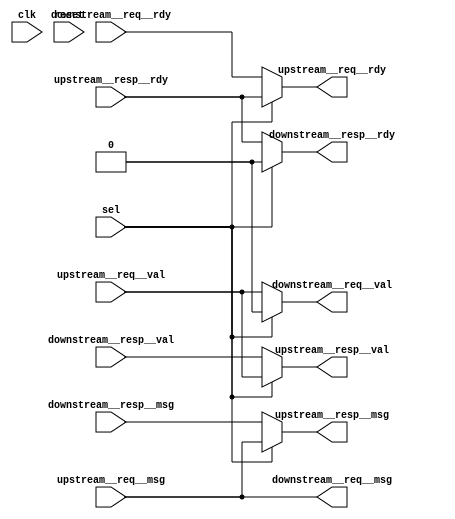
//-------------------------------------------------------------------------
// grp_16_SPI_TapeOutBlockRTL_32bits_5entries.v
//-------------------------------------------------------------------------
// This file is generated by PyMTL SystemVerilog translation pass.

// PyMTL VerilogPlaceholder SPI_TapeOutBlockVRTL_sv2v Definition
// Full name: SPI_TapeOutBlockVRTL_sv2v_noparam
// At /home/cb535/vc/git-hub/cornell-ece5745/project-group16/sim/tapeout/SPI_TapeOutBlockRTL.py

//***********************************************************
// Pickled source file of placeholder SPI_TapeOutBlockVRTL_sv2v_noparam
//***********************************************************

//-----------------------------------------------------------
// Dependency of placeholder SPI_TapeOutBlockVRTL_sv2v
//-----------------------------------------------------------


// The source code below are included because they are specified
// as the v_libs Verilog placeholder option of component SPI_TapeOutBlockVRTL_sv2v_noparam.

// If you get a duplicated def error from files included below, please
// make sure they are included either through the v_libs option or the
// explicit `include statement in the Verilog source code -- if they
// appear in both then they will be included twice!


// End of all v_libs files for component SPI_TapeOutBlockVRTL_sv2v_noparam

`line 1 "tapeout/SPI_TapeOutBlockVRTL_sv2v.v" 0
module grp_16_LoopThroughPRTL__nbits_32 (
	clk,
	reset,
	sel,
	downstream__req__msg,
	downstream__req__rdy,
	downstream__req__val,
	downstream__resp__msg,
	downstream__resp__rdy,
	downstream__resp__val,
	upstream__req__msg,
	upstream__req__rdy,
	upstream__req__val,
	upstream__resp__msg,
	upstream__resp__rdy,
	upstream__resp__val
);
	input wire [0:0] clk;
	input wire [0:0] reset;
	input wire [0:0] sel;
	output wire [31:0] downstream__req__msg;
	input wire [0:0] downstream__req__rdy;
	output reg [0:0] downstream__req__val;
	input wire [31:0] downstream__resp__msg;
	output reg [0:0] downstream__resp__rdy;
	input wire [0:0] downstream__resp__val;
	input wire [31:0] upstream__req__msg;
	output reg [0:0] upstream__req__rdy;
	input wire [0:0] upstream__req__val;
	output reg [31:0] upstream__resp__msg;
	input wire [0:0] upstream__resp__rdy;
	output reg [0:0] upstream__resp__val;
	always @(*) begin : _lambda__s_spi_min_stack_loopthrough_downstream_req_val
		downstream__req__val = (sel ? 1'd0 : upstream__req__val);
	end
	always @(*) begin : _lambda__s_spi_min_stack_loopthrough_downstream_resp_rdy
		downstream__resp__rdy = (sel ? 1'd0 : upstream__resp__rdy);
	end
	always @(*) begin : _lambda__s_spi_min_stack_loopthrough_upstream_req_rdy
		upstream__req__rdy = (sel ? upstream__resp__rdy : downstream__req__rdy);
	end
	always @(*) begin : _lambda__s_spi_min_stack_loopthrough_upstream_resp_msg
		upstream__resp__msg = (sel ? upstream__req__msg : downstream__resp__msg);
	end
	always @(*) begin : _lambda__s_spi_min_stack_loopthrough_upstream_resp_val
		upstream__resp__val = (sel ? upstream__req__val : downstream__resp__val);
	end
	assign downstream__req__msg = upstream__req__msg;
endmodule
module grp_16_NormalQueueCtrlRTL__num_entries_5 (
	clk,
	count,
	raddr,
	recv_rdy,
	recv_val,
	reset,
	send_rdy,
	send_val,
	waddr,
	wen
);
	input wire [0:0] clk;
	output reg [2:0] count;
	output wire [2:0] raddr;
	output reg [0:0] recv_rdy;
	input wire [0:0] recv_val;
	input wire [0:0] reset;
	input wire [0:0] send_rdy;
	output reg [0:0] send_val;
	output wire [2:0] waddr;
	output wire [0:0] wen;
	localparam [2:0] __const__num_entries_at__lambda__s_spi_min_stack_minion_adapter_cm_q_ctrl_recv_rdy = 3'd5;
	localparam [2:0] __const__num_entries_at_up_reg = 3'd5;
	reg [2:0] head;
	reg [0:0] recv_xfer;
	reg [0:0] send_xfer;
	reg [2:0] tail;
	always @(*) begin : _lambda__s_spi_min_stack_minion_adapter_cm_q_ctrl_recv_rdy
		recv_rdy = count < __const__num_entries_at__lambda__s_spi_min_stack_minion_adapter_cm_q_ctrl_recv_rdy;
	end
	always @(*) begin : _lambda__s_spi_min_stack_minion_adapter_cm_q_ctrl_recv_xfer
		recv_xfer = recv_val & recv_rdy;
	end
	always @(*) begin : _lambda__s_spi_min_stack_minion_adapter_cm_q_ctrl_send_val
		send_val = count > 3'd0;
	end
	always @(*) begin : _lambda__s_spi_min_stack_minion_adapter_cm_q_ctrl_send_xfer
		send_xfer = send_val & send_rdy;
	end
	always @(posedge clk) begin : up_reg
		if (reset) begin
			head <= 3'd0;
			tail <= 3'd0;
			count <= 3'd0;
		end
		else begin
			if (recv_xfer)
				tail <= (tail < (__const__num_entries_at_up_reg - 3'd1) ? tail + 3'd1 : 3'd0);
			if (send_xfer)
				head <= (head < (__const__num_entries_at_up_reg - 3'd1) ? head + 3'd1 : 3'd0);
			if (recv_xfer & ~send_xfer)
				count <= count + 3'd1;
			else if (~recv_xfer & send_xfer)
				count <= count - 3'd1;
		end
	end
	assign wen = recv_xfer;
	assign waddr = tail;
	assign raddr = head;
endmodule
module grp_16_RegisterFile__35272b4450df532b (
	clk,
	raddr,
	rdata,
	reset,
	waddr,
	wdata,
	wen
);
	input wire [0:0] clk;
	input wire [2:0] raddr;
	output reg [31:0] rdata;
	input wire [0:0] reset;
	input wire [2:0] waddr;
	input wire [31:0] wdata;
	input wire [0:0] wen;
	localparam [0:0] __const__rd_ports_at_up_rf_read = 1'd1;
	localparam [0:0] __const__wr_ports_at_up_rf_write = 1'd1;
	reg [31:0] regs [0:4];
	function automatic [0:0] sv2v_cast_1;
		input reg [0:0] inp;
		sv2v_cast_1 = inp;
	endfunction
	always @(*) begin : up_rf_read
		begin : sv2v_autoblock_1
			reg [31:0] i;
			for (i = 1'd0; i < __const__rd_ports_at_up_rf_read; i = i + 1'd1)
				rdata[sv2v_cast_1(i) * 32+:32] = regs[raddr[sv2v_cast_1(i) * 3+:3]];
		end
	end
	always @(posedge clk) begin : up_rf_write
		begin : sv2v_autoblock_2
			reg [31:0] i;
			for (i = 1'd0; i < __const__wr_ports_at_up_rf_write; i = i + 1'd1)
				if (wen[sv2v_cast_1(i)+:1])
					regs[waddr[sv2v_cast_1(i) * 3+:3]] <= wdata[sv2v_cast_1(i) * 32+:32];
		end
	end
endmodule
module grp_16_NormalQueueDpathRTL__EntryType_Bits32__num_entries_5 (
	clk,
	raddr,
	recv_msg,
	reset,
	send_msg,
	waddr,
	wen
);
	input wire [0:0] clk;
	input wire [2:0] raddr;
	input wire [31:0] recv_msg;
	input wire [0:0] reset;
	output wire [31:0] send_msg;
	input wire [2:0] waddr;
	input wire [0:0] wen;
	wire [0:0] rf__clk;
	wire [2:0] rf__raddr;
	wire [31:0] rf__rdata;
	wire [0:0] rf__reset;
	wire [2:0] rf__waddr;
	wire [31:0] rf__wdata;
	wire [0:0] rf__wen;
	grp_16_RegisterFile__35272b4450df532b rf(
		.clk(rf__clk),
		.raddr(rf__raddr),
		.rdata(rf__rdata),
		.reset(rf__reset),
		.waddr(rf__waddr),
		.wdata(rf__wdata),
		.wen(rf__wen)
	);
	assign rf__clk = clk;
	assign rf__reset = reset;
	assign rf__raddr[0+:3] = raddr;
	assign send_msg = rf__rdata[0+:32];
	assign rf__wen[0+:1] = wen;
	assign rf__waddr[0+:3] = waddr;
	assign rf__wdata[0+:32] = recv_msg;
endmodule
module grp_16_NormalQueueRTL__EntryType_Bits32__num_entries_5 (
	clk,
	count,
	reset,
	recv__msg,
	recv__rdy,
	recv__val,
	send__msg,
	send__rdy,
	send__val
);
	input wire [0:0] clk;
	output wire [2:0] count;
	input wire [0:0] reset;
	input wire [31:0] recv__msg;
	output wire [0:0] recv__rdy;
	input wire [0:0] recv__val;
	output wire [31:0] send__msg;
	input wire [0:0] send__rdy;
	output wire [0:0] send__val;
	wire [0:0] ctrl__clk;
	wire [2:0] ctrl__count;
	wire [2:0] ctrl__raddr;
	wire [0:0] ctrl__recv_rdy;
	wire [0:0] ctrl__recv_val;
	wire [0:0] ctrl__reset;
	wire [0:0] ctrl__send_rdy;
	wire [0:0] ctrl__send_val;
	wire [2:0] ctrl__waddr;
	wire [0:0] ctrl__wen;
	grp_16_NormalQueueCtrlRTL__num_entries_5 ctrl(
		.clk(ctrl__clk),
		.count(ctrl__count),
		.raddr(ctrl__raddr),
		.recv_rdy(ctrl__recv_rdy),
		.recv_val(ctrl__recv_val),
		.reset(ctrl__reset),
		.send_rdy(ctrl__send_rdy),
		.send_val(ctrl__send_val),
		.waddr(ctrl__waddr),
		.wen(ctrl__wen)
	);
	wire [0:0] dpath__clk;
	wire [2:0] dpath__raddr;
	wire [31:0] dpath__recv_msg;
	wire [0:0] dpath__reset;
	wire [31:0] dpath__send_msg;
	wire [2:0] dpath__waddr;
	wire [0:0] dpath__wen;
	grp_16_NormalQueueDpathRTL__EntryType_Bits32__num_entries_5 dpath(
		.clk(dpath__clk),
		.raddr(dpath__raddr),
		.recv_msg(dpath__recv_msg),
		.reset(dpath__reset),
		.send_msg(dpath__send_msg),
		.waddr(dpath__waddr),
		.wen(dpath__wen)
	);
	assign ctrl__clk = clk;
	assign ctrl__reset = reset;
	assign dpath__clk = clk;
	assign dpath__reset = reset;
	assign dpath__wen = ctrl__wen;
	assign dpath__waddr = ctrl__waddr;
	assign dpath__raddr = ctrl__raddr;
	assign ctrl__recv_val = recv__val;
	assign recv__rdy = ctrl__recv_rdy;
	assign dpath__recv_msg = recv__msg;
	assign send__val = ctrl__send_val;
	assign ctrl__send_rdy = send__rdy;
	assign send__msg = dpath__send_msg;
	assign count = ctrl__count;
endmodule
module grp_16_SPIMinionAdapterPRTL__nbits_34__num_entries_5 (
	clk,
	parity,
	reset,
	pull__en,
	pull__msg,
	push__en,
	push__msg,
	recv__msg,
	recv__rdy,
	recv__val,
	send__msg,
	send__rdy,
	send__val
);
	input wire [0:0] clk;
	output reg [0:0] parity;
	input wire [0:0] reset;
	input wire [0:0] pull__en;
	output reg [33:0] pull__msg;
	input wire [0:0] push__en;
	input wire [33:0] push__msg;
	input wire [31:0] recv__msg;
	output wire [0:0] recv__rdy;
	input wire [0:0] recv__val;
	output wire [31:0] send__msg;
	input wire [0:0] send__rdy;
	output wire [0:0] send__val;
	localparam [2:0] __const__num_entries_at_comb_block = 3'd5;
	reg [0:0] cm_send_rdy;
	reg [0:0] mc_recv_val;
	reg [0:0] open_entries;
	wire [0:0] cm_q__clk;
	wire [2:0] cm_q__count;
	wire [0:0] cm_q__reset;
	wire [31:0] cm_q__recv__msg;
	wire [0:0] cm_q__recv__rdy;
	wire [0:0] cm_q__recv__val;
	wire [31:0] cm_q__send__msg;
	wire [0:0] cm_q__send__rdy;
	wire [0:0] cm_q__send__val;
	grp_16_NormalQueueRTL__EntryType_Bits32__num_entries_5 cm_q(
		.clk(cm_q__clk),
		.count(cm_q__count),
		.reset(cm_q__reset),
		.recv__msg(cm_q__recv__msg),
		.recv__rdy(cm_q__recv__rdy),
		.recv__val(cm_q__recv__val),
		.send__msg(cm_q__send__msg),
		.send__rdy(cm_q__send__rdy),
		.send__val(cm_q__send__val)
	);
	wire [0:0] mc_q__clk;
	wire [2:0] mc_q__count;
	wire [0:0] mc_q__reset;
	wire [31:0] mc_q__recv__msg;
	wire [0:0] mc_q__recv__rdy;
	wire [0:0] mc_q__recv__val;
	wire [31:0] mc_q__send__msg;
	wire [0:0] mc_q__send__rdy;
	wire [0:0] mc_q__send__val;
	grp_16_NormalQueueRTL__EntryType_Bits32__num_entries_5 mc_q(
		.clk(mc_q__clk),
		.count(mc_q__count),
		.reset(mc_q__reset),
		.recv__msg(mc_q__recv__msg),
		.recv__rdy(mc_q__recv__rdy),
		.recv__val(mc_q__recv__val),
		.send__msg(mc_q__send__msg),
		.send__rdy(mc_q__send__rdy),
		.send__val(mc_q__send__val)
	);
	always @(*) begin : _lambda__s_spi_min_stack_minion_adapter_parity
		parity = ^send__msg & send__val;
	end
	always @(*) begin : comb_block
		open_entries = mc_q__count < (__const__num_entries_at_comb_block - 3'd1);
		mc_recv_val = push__msg[33] & push__en;
		pull__msg[32] = mc_q__recv__rdy & (~mc_q__recv__val | open_entries);
		cm_send_rdy = push__msg[32] & pull__en;
		pull__msg[33] = cm_send_rdy & cm_q__send__val;
		pull__msg[31-:32] = cm_q__send__msg & {{31 {pull__msg[33]}}, pull__msg[33]};
	end
	assign mc_q__clk = clk;
	assign mc_q__reset = reset;
	assign send__val = mc_q__send__val;
	assign send__msg = mc_q__send__msg;
	assign mc_q__send__rdy = send__rdy;
	assign mc_q__recv__val = mc_recv_val;
	assign mc_q__recv__msg = push__msg[31-:32];
	assign cm_q__clk = clk;
	assign cm_q__reset = reset;
	assign cm_q__recv__val = recv__val;
	assign recv__rdy = cm_q__recv__rdy;
	assign cm_q__recv__msg = recv__msg;
	assign cm_q__send__rdy = cm_send_rdy;
endmodule
module grp_16_Synchronizer__reset_value_1 (
	clk,
	in_,
	negedge_,
	out,
	posedge_,
	reset
);
	input wire [0:0] clk;
	input wire [0:0] in_;
	output reg [0:0] negedge_;
	output wire [0:0] out;
	output reg [0:0] posedge_;
	input wire [0:0] reset;
	reg [2:0] shreg;
	always @(*) begin : _lambda__s_spi_min_stack_minion_minion_cs_sync_negedge_
		negedge_ = shreg[2'd2] & ~shreg[2'd1];
	end
	always @(*) begin : _lambda__s_spi_min_stack_minion_minion_cs_sync_posedge_
		posedge_ = ~shreg[2'd2] & shreg[2'd1];
	end
	always @(posedge clk) begin : up_shreg
		if (reset)
			shreg <= 3'h7;
		else
			shreg <= {shreg[2'd1:2'd0], in_};
	end
	assign out = shreg[1:1];
endmodule
module grp_16_Synchronizer__reset_value_0 (
	clk,
	in_,
	negedge_,
	out,
	posedge_,
	reset
);
	input wire [0:0] clk;
	input wire [0:0] in_;
	output reg [0:0] negedge_;
	output wire [0:0] out;
	output reg [0:0] posedge_;
	input wire [0:0] reset;
	reg [2:0] shreg;
	always @(*) begin : _lambda__s_spi_min_stack_minion_minion_mosi_sync_negedge_
		negedge_ = shreg[2'd2] & ~shreg[2'd1];
	end
	always @(*) begin : _lambda__s_spi_min_stack_minion_minion_mosi_sync_posedge_
		posedge_ = ~shreg[2'd2] & shreg[2'd1];
	end
	always @(posedge clk) begin : up_shreg
		if (reset)
			shreg <= 3'h0;
		else
			shreg <= {shreg[2'd1:2'd0], in_};
	end
	assign out = shreg[1:1];
endmodule
module grp_16_ShiftReg__nbits_34 (
	clk,
	in_,
	load_data,
	load_en,
	out,
	reset,
	shift_en
);
	input wire [0:0] clk;
	input wire [0:0] in_;
	input wire [33:0] load_data;
	input wire [0:0] load_en;
	output reg [33:0] out;
	input wire [0:0] reset;
	input wire [0:0] shift_en;
	always @(posedge clk) begin : up_shreg
		if (reset)
			out <= {{33 {1'b0}}, 1'd0};
		else if (load_en)
			out <= load_data;
		else if (~load_en & shift_en)
			out <= {out[6'd32:6'd0], in_};
	end
endmodule
module grp_16_SPIMinionPRTL__nbits_34 (
	clk,
	parity,
	reset,
	pull__en,
	pull__msg,
	push__en,
	push__msg,
	spi_min__cs,
	spi_min__miso,
	spi_min__mosi,
	spi_min__sclk
);
	input wire [0:0] clk;
	output reg [0:0] parity;
	input wire [0:0] reset;
	output wire [0:0] pull__en;
	input wire [33:0] pull__msg;
	output wire [0:0] push__en;
	output wire [33:0] push__msg;
	input wire [0:0] spi_min__cs;
	output wire [0:0] spi_min__miso;
	input wire [0:0] spi_min__mosi;
	input wire [0:0] spi_min__sclk;
	wire [0:0] cs_sync__clk;
	wire [0:0] cs_sync__in_;
	wire [0:0] cs_sync__negedge_;
	wire [0:0] cs_sync__out;
	wire [0:0] cs_sync__posedge_;
	wire [0:0] cs_sync__reset;
	grp_16_Synchronizer__reset_value_1 cs_sync(
		.clk(cs_sync__clk),
		.in_(cs_sync__in_),
		.negedge_(cs_sync__negedge_),
		.out(cs_sync__out),
		.posedge_(cs_sync__posedge_),
		.reset(cs_sync__reset)
	);
	wire [0:0] mosi_sync__clk;
	wire [0:0] mosi_sync__in_;
	wire [0:0] mosi_sync__negedge_;
	wire [0:0] mosi_sync__out;
	wire [0:0] mosi_sync__posedge_;
	wire [0:0] mosi_sync__reset;
	grp_16_Synchronizer__reset_value_0 mosi_sync(
		.clk(mosi_sync__clk),
		.in_(mosi_sync__in_),
		.negedge_(mosi_sync__negedge_),
		.out(mosi_sync__out),
		.posedge_(mosi_sync__posedge_),
		.reset(mosi_sync__reset)
	);
	wire [0:0] sclk_sync__clk;
	wire [0:0] sclk_sync__in_;
	wire [0:0] sclk_sync__negedge_;
	wire [0:0] sclk_sync__out;
	wire [0:0] sclk_sync__posedge_;
	wire [0:0] sclk_sync__reset;
	grp_16_Synchronizer__reset_value_0 sclk_sync(
		.clk(sclk_sync__clk),
		.in_(sclk_sync__in_),
		.negedge_(sclk_sync__negedge_),
		.out(sclk_sync__out),
		.posedge_(sclk_sync__posedge_),
		.reset(sclk_sync__reset)
	);
	wire [0:0] shreg_in__clk;
	wire [0:0] shreg_in__in_;
	wire [33:0] shreg_in__load_data;
	wire [0:0] shreg_in__load_en;
	wire [33:0] shreg_in__out;
	wire [0:0] shreg_in__reset;
	reg [0:0] shreg_in__shift_en;
	grp_16_ShiftReg__nbits_34 shreg_in(
		.clk(shreg_in__clk),
		.in_(shreg_in__in_),
		.load_data(shreg_in__load_data),
		.load_en(shreg_in__load_en),
		.out(shreg_in__out),
		.reset(shreg_in__reset),
		.shift_en(shreg_in__shift_en)
	);
	wire [0:0] shreg_out__clk;
	wire [0:0] shreg_out__in_;
	wire [33:0] shreg_out__load_data;
	wire [0:0] shreg_out__load_en;
	wire [33:0] shreg_out__out;
	wire [0:0] shreg_out__reset;
	reg [0:0] shreg_out__shift_en;
	grp_16_ShiftReg__nbits_34 shreg_out(
		.clk(shreg_out__clk),
		.in_(shreg_out__in_),
		.load_data(shreg_out__load_data),
		.load_en(shreg_out__load_en),
		.out(shreg_out__out),
		.reset(shreg_out__reset),
		.shift_en(shreg_out__shift_en)
	);
	always @(*) begin : _lambda__s_spi_min_stack_minion_minion_parity
		parity = ^push__msg[6'd31:6'd0] & push__en;
	end
	always @(*) begin : _lambda__s_spi_min_stack_minion_minion_shreg_in_shift_en
		shreg_in__shift_en = ~cs_sync__out & sclk_sync__posedge_;
	end
	always @(*) begin : _lambda__s_spi_min_stack_minion_minion_shreg_out_shift_en
		shreg_out__shift_en = ~cs_sync__out & sclk_sync__negedge_;
	end
	assign cs_sync__clk = clk;
	assign cs_sync__reset = reset;
	assign cs_sync__in_ = spi_min__cs;
	assign sclk_sync__clk = clk;
	assign sclk_sync__reset = reset;
	assign sclk_sync__in_ = spi_min__sclk;
	assign mosi_sync__clk = clk;
	assign mosi_sync__reset = reset;
	assign mosi_sync__in_ = spi_min__mosi;
	assign shreg_in__clk = clk;
	assign shreg_in__reset = reset;
	assign shreg_in__in_ = mosi_sync__out;
	assign shreg_in__load_en = 1'd0;
	assign shreg_in__load_data = 34'd0;
	assign shreg_out__clk = clk;
	assign shreg_out__reset = reset;
	assign shreg_out__in_ = 1'd0;
	assign shreg_out__load_en = pull__en;
	assign shreg_out__load_data = pull__msg;
	assign spi_min__miso = shreg_out__out[33:33];
	assign pull__en = cs_sync__negedge_;
	assign push__en = cs_sync__posedge_;
	assign push__msg = shreg_in__out;
endmodule
module grp_16_SPIMinionAdapterCompositePRTL__nbits_34__num_entries_5 (
	adapter_parity,
	clk,
	minion_parity,
	reset,
	recv__msg,
	recv__rdy,
	recv__val,
	send__msg,
	send__rdy,
	send__val,
	spi_min__cs,
	spi_min__miso,
	spi_min__mosi,
	spi_min__sclk
);
	output wire [0:0] adapter_parity;
	input wire [0:0] clk;
	output wire [0:0] minion_parity;
	input wire [0:0] reset;
	input wire [31:0] recv__msg;
	output wire [0:0] recv__rdy;
	input wire [0:0] recv__val;
	output wire [31:0] send__msg;
	input wire [0:0] send__rdy;
	output wire [0:0] send__val;
	input wire [0:0] spi_min__cs;
	output wire [0:0] spi_min__miso;
	input wire [0:0] spi_min__mosi;
	input wire [0:0] spi_min__sclk;
	wire [0:0] adapter__clk;
	wire [0:0] adapter__parity;
	wire [0:0] adapter__reset;
	wire [0:0] adapter__pull__en;
	wire [33:0] adapter__pull__msg;
	wire [0:0] adapter__push__en;
	wire [33:0] adapter__push__msg;
	wire [31:0] adapter__recv__msg;
	wire [0:0] adapter__recv__rdy;
	wire [0:0] adapter__recv__val;
	wire [31:0] adapter__send__msg;
	wire [0:0] adapter__send__rdy;
	wire [0:0] adapter__send__val;
	grp_16_SPIMinionAdapterPRTL__nbits_34__num_entries_5 adapter(
		.clk(adapter__clk),
		.parity(adapter__parity),
		.reset(adapter__reset),
		.pull__en(adapter__pull__en),
		.pull__msg(adapter__pull__msg),
		.push__en(adapter__push__en),
		.push__msg(adapter__push__msg),
		.recv__msg(adapter__recv__msg),
		.recv__rdy(adapter__recv__rdy),
		.recv__val(adapter__recv__val),
		.send__msg(adapter__send__msg),
		.send__rdy(adapter__send__rdy),
		.send__val(adapter__send__val)
	);
	wire [0:0] minion__clk;
	wire [0:0] minion__parity;
	wire [0:0] minion__reset;
	wire [0:0] minion__pull__en;
	wire [33:0] minion__pull__msg;
	wire [0:0] minion__push__en;
	wire [33:0] minion__push__msg;
	wire [0:0] minion__spi_min__cs;
	wire [0:0] minion__spi_min__miso;
	wire [0:0] minion__spi_min__mosi;
	wire [0:0] minion__spi_min__sclk;
	grp_16_SPIMinionPRTL__nbits_34 minion(
		.clk(minion__clk),
		.parity(minion__parity),
		.reset(minion__reset),
		.pull__en(minion__pull__en),
		.pull__msg(minion__pull__msg),
		.push__en(minion__push__en),
		.push__msg(minion__push__msg),
		.spi_min__cs(minion__spi_min__cs),
		.spi_min__miso(minion__spi_min__miso),
		.spi_min__mosi(minion__spi_min__mosi),
		.spi_min__sclk(minion__spi_min__sclk)
	);
	assign minion__clk = clk;
	assign minion__reset = reset;
	assign minion__spi_min__cs = spi_min__cs;
	assign spi_min__miso = minion__spi_min__miso;
	assign minion__spi_min__mosi = spi_min__mosi;
	assign minion__spi_min__sclk = spi_min__sclk;
	assign minion_parity = minion__parity;
	assign adapter__clk = clk;
	assign adapter__reset = reset;
	assign adapter__pull__en = minion__pull__en;
	assign minion__pull__msg[33:33] = adapter__pull__msg[33];
	assign minion__pull__msg[32:32] = adapter__pull__msg[32];
	assign minion__pull__msg[31:0] = adapter__pull__msg[31-:32];
	assign adapter__push__en = minion__push__en;
	assign adapter__push__msg[33] = minion__push__msg[33:33];
	assign adapter__push__msg[32] = minion__push__msg[32:32];
	assign adapter__push__msg[31-:32] = minion__push__msg[31:0];
	assign adapter_parity = adapter__parity;
	assign send__msg = adapter__send__msg;
	assign adapter__send__rdy = send__rdy;
	assign send__val = adapter__send__val;
	assign adapter__recv__msg = recv__msg;
	assign recv__rdy = adapter__recv__rdy;
	assign adapter__recv__val = recv__val;
endmodule
module grp_16_SPIstackPRTL__nbits_34__num_entries_5 (
	adapter_parity,
	clk,
	loopthrough_sel,
	minion_parity,
	reset,
	recv__msg,
	recv__rdy,
	recv__val,
	send__msg,
	send__rdy,
	send__val,
	spi_min__cs,
	spi_min__miso,
	spi_min__mosi,
	spi_min__sclk
);
	output wire [0:0] adapter_parity;
	input wire [0:0] clk;
	input wire [0:0] loopthrough_sel;
	output wire [0:0] minion_parity;
	input wire [0:0] reset;
	input wire [31:0] recv__msg;
	output wire [0:0] recv__rdy;
	input wire [0:0] recv__val;
	output wire [31:0] send__msg;
	input wire [0:0] send__rdy;
	output wire [0:0] send__val;
	input wire [0:0] spi_min__cs;
	output wire [0:0] spi_min__miso;
	input wire [0:0] spi_min__mosi;
	input wire [0:0] spi_min__sclk;
	wire [0:0] loopthrough__clk;
	wire [0:0] loopthrough__reset;
	wire [0:0] loopthrough__sel;
	wire [31:0] loopthrough__downstream__req__msg;
	wire [0:0] loopthrough__downstream__req__rdy;
	wire [0:0] loopthrough__downstream__req__val;
	wire [31:0] loopthrough__downstream__resp__msg;
	wire [0:0] loopthrough__downstream__resp__rdy;
	wire [0:0] loopthrough__downstream__resp__val;
	wire [31:0] loopthrough__upstream__req__msg;
	wire [0:0] loopthrough__upstream__req__rdy;
	wire [0:0] loopthrough__upstream__req__val;
	wire [31:0] loopthrough__upstream__resp__msg;
	wire [0:0] loopthrough__upstream__resp__rdy;
	wire [0:0] loopthrough__upstream__resp__val;
	grp_16_LoopThroughPRTL__nbits_32 loopthrough(
		.clk(loopthrough__clk),
		.reset(loopthrough__reset),
		.sel(loopthrough__sel),
		.downstream__req__msg(loopthrough__downstream__req__msg),
		.downstream__req__rdy(loopthrough__downstream__req__rdy),
		.downstream__req__val(loopthrough__downstream__req__val),
		.downstream__resp__msg(loopthrough__downstream__resp__msg),
		.downstream__resp__rdy(loopthrough__downstream__resp__rdy),
		.downstream__resp__val(loopthrough__downstream__resp__val),
		.upstream__req__msg(loopthrough__upstream__req__msg),
		.upstream__req__rdy(loopthrough__upstream__req__rdy),
		.upstream__req__val(loopthrough__upstream__req__val),
		.upstream__resp__msg(loopthrough__upstream__resp__msg),
		.upstream__resp__rdy(loopthrough__upstream__resp__rdy),
		.upstream__resp__val(loopthrough__upstream__resp__val)
	);
	wire [0:0] minion__adapter_parity;
	wire [0:0] minion__clk;
	wire [0:0] minion__minion_parity;
	wire [0:0] minion__reset;
	wire [31:0] minion__recv__msg;
	wire [0:0] minion__recv__rdy;
	wire [0:0] minion__recv__val;
	wire [31:0] minion__send__msg;
	wire [0:0] minion__send__rdy;
	wire [0:0] minion__send__val;
	wire [0:0] minion__spi_min__cs;
	wire [0:0] minion__spi_min__miso;
	wire [0:0] minion__spi_min__mosi;
	wire [0:0] minion__spi_min__sclk;
	grp_16_SPIMinionAdapterCompositePRTL__nbits_34__num_entries_5 minion(
		.adapter_parity(minion__adapter_parity),
		.clk(minion__clk),
		.minion_parity(minion__minion_parity),
		.reset(minion__reset),
		.recv__msg(minion__recv__msg),
		.recv__rdy(minion__recv__rdy),
		.recv__val(minion__recv__val),
		.send__msg(minion__send__msg),
		.send__rdy(minion__send__rdy),
		.send__val(minion__send__val),
		.spi_min__cs(minion__spi_min__cs),
		.spi_min__miso(minion__spi_min__miso),
		.spi_min__mosi(minion__spi_min__mosi),
		.spi_min__sclk(minion__spi_min__sclk)
	);
	assign minion__clk = clk;
	assign minion__reset = reset;
	assign minion__spi_min__cs = spi_min__cs;
	assign spi_min__miso = minion__spi_min__miso;
	assign minion__spi_min__mosi = spi_min__mosi;
	assign minion__spi_min__sclk = spi_min__sclk;
	assign minion_parity = minion__minion_parity;
	assign adapter_parity = minion__adapter_parity;
	assign loopthrough__clk = clk;
	assign loopthrough__reset = reset;
	assign loopthrough__sel = loopthrough_sel;
	assign loopthrough__upstream__req__msg = minion__send__msg;
	assign minion__send__rdy = loopthrough__upstream__req__rdy;
	assign loopthrough__upstream__req__val = minion__send__val;
	assign minion__recv__msg = loopthrough__upstream__resp__msg;
	assign loopthrough__upstream__resp__rdy = minion__recv__rdy;
	assign minion__recv__val = loopthrough__upstream__resp__val;
	assign send__msg = loopthrough__downstream__req__msg;
	assign loopthrough__downstream__req__rdy = send__rdy;
	assign send__val = loopthrough__downstream__req__val;
	assign loopthrough__downstream__resp__msg = recv__msg;
	assign recv__rdy = loopthrough__downstream__resp__rdy;
	assign loopthrough__downstream__resp__val = recv__val;
endmodule
module grp_16_NormalQueueCtrlRTL__num_entries_2 (
	clk,
	count,
	raddr,
	recv_rdy,
	recv_val,
	reset,
	send_rdy,
	send_val,
	waddr,
	wen
);
	input wire [0:0] clk;
	output reg [1:0] count;
	output wire [0:0] raddr;
	output reg [0:0] recv_rdy;
	input wire [0:0] recv_val;
	input wire [0:0] reset;
	input wire [0:0] send_rdy;
	output reg [0:0] send_val;
	output wire [0:0] waddr;
	output wire [0:0] wen;
	localparam [1:0] __const__num_entries_at__lambda__s_synthmem_memreq_q_ctrl_recv_rdy = 2'd2;
	localparam [1:0] __const__num_entries_at_up_reg = 2'd2;
	reg [0:0] head;
	reg [0:0] recv_xfer;
	reg [0:0] send_xfer;
	reg [0:0] tail;
	always @(*) begin : _lambda__s_synthmem_memreq_q_ctrl_recv_rdy
		recv_rdy = count < __const__num_entries_at__lambda__s_synthmem_memreq_q_ctrl_recv_rdy;
	end
	always @(*) begin : _lambda__s_synthmem_memreq_q_ctrl_recv_xfer
		recv_xfer = recv_val & recv_rdy;
	end
	always @(*) begin : _lambda__s_synthmem_memreq_q_ctrl_send_val
		send_val = count > 2'd0;
	end
	always @(*) begin : _lambda__s_synthmem_memreq_q_ctrl_send_xfer
		send_xfer = send_val & send_rdy;
	end
	function automatic [0:0] sv2v_cast_1;
		input reg [0:0] inp;
		sv2v_cast_1 = inp;
	endfunction
	always @(posedge clk) begin : up_reg
		if (reset) begin
			head <= 1'd0;
			tail <= 1'd0;
			count <= 2'd0;
		end
		else begin
			if (recv_xfer)
				tail <= (tail < (sv2v_cast_1(__const__num_entries_at_up_reg) - 1'd1) ? tail + 1'd1 : 1'd0);
			if (send_xfer)
				head <= (head < (sv2v_cast_1(__const__num_entries_at_up_reg) - 1'd1) ? head + 1'd1 : 1'd0);
			if (recv_xfer & ~send_xfer)
				count <= count + 2'd1;
			else if (~recv_xfer & send_xfer)
				count <= count - 2'd1;
		end
	end
	assign wen = recv_xfer;
	assign waddr = tail;
	assign raddr = head;
endmodule
module grp_16_RegisterFile__db0945d550cc0f5f (
	clk,
	raddr,
	rdata,
	reset,
	waddr,
	wdata,
	wen
);
	input wire [0:0] clk;
	input wire [0:0] raddr;
	output reg [77:0] rdata;
	input wire [0:0] reset;
	input wire [0:0] waddr;
	input wire [77:0] wdata;
	input wire [0:0] wen;
	localparam [0:0] __const__rd_ports_at_up_rf_read = 1'd1;
	localparam [0:0] __const__wr_ports_at_up_rf_write = 1'd1;
	reg [77:0] regs [0:1];
	function automatic [0:0] sv2v_cast_1;
		input reg [0:0] inp;
		sv2v_cast_1 = inp;
	endfunction
	always @(*) begin : up_rf_read
		begin : sv2v_autoblock_1
			reg [31:0] i;
			for (i = 1'd0; i < __const__rd_ports_at_up_rf_read; i = i + 1'd1)
				rdata[sv2v_cast_1(i) * 78+:78] = regs[raddr[sv2v_cast_1(i)+:1]];
		end
	end
	always @(posedge clk) begin : up_rf_write
		begin : sv2v_autoblock_2
			reg [31:0] i;
			for (i = 1'd0; i < __const__wr_ports_at_up_rf_write; i = i + 1'd1)
				if (wen[sv2v_cast_1(i)+:1])
					regs[waddr[sv2v_cast_1(i)+:1]] <= wdata[sv2v_cast_1(i) * 78+:78];
		end
	end
endmodule
module grp_16_NormalQueueDpathRTL__b8bb4da201e26f4e (
	clk,
	raddr,
	recv_msg,
	reset,
	send_msg,
	waddr,
	wen
);
	input wire [0:0] clk;
	input wire [0:0] raddr;
	input wire [77:0] recv_msg;
	input wire [0:0] reset;
	output wire [77:0] send_msg;
	input wire [0:0] waddr;
	input wire [0:0] wen;
	wire [0:0] rf__clk;
	wire [0:0] rf__raddr;
	wire [77:0] rf__rdata;
	wire [0:0] rf__reset;
	wire [0:0] rf__waddr;
	wire [77:0] rf__wdata;
	wire [0:0] rf__wen;
	grp_16_RegisterFile__db0945d550cc0f5f rf(
		.clk(rf__clk),
		.raddr(rf__raddr),
		.rdata(rf__rdata),
		.reset(rf__reset),
		.waddr(rf__waddr),
		.wdata(rf__wdata),
		.wen(rf__wen)
	);
	assign rf__clk = clk;
	assign rf__reset = reset;
	assign rf__raddr[0+:1] = raddr;
	assign send_msg = rf__rdata[0+:78];
	assign rf__wen[0+:1] = wen;
	assign rf__waddr[0+:1] = waddr;
	assign rf__wdata[0+:78] = recv_msg;
endmodule
module grp_16_NormalQueueRTL__b8bb4da201e26f4e (
	clk,
	count,
	reset,
	recv__msg,
	recv__rdy,
	recv__val,
	send__msg,
	send__rdy,
	send__val
);
	input wire [0:0] clk;
	output wire [1:0] count;
	input wire [0:0] reset;
	input wire [77:0] recv__msg;
	output wire [0:0] recv__rdy;
	input wire [0:0] recv__val;
	output wire [77:0] send__msg;
	input wire [0:0] send__rdy;
	output wire [0:0] send__val;
	wire [0:0] ctrl__clk;
	wire [1:0] ctrl__count;
	wire [0:0] ctrl__raddr;
	wire [0:0] ctrl__recv_rdy;
	wire [0:0] ctrl__recv_val;
	wire [0:0] ctrl__reset;
	wire [0:0] ctrl__send_rdy;
	wire [0:0] ctrl__send_val;
	wire [0:0] ctrl__waddr;
	wire [0:0] ctrl__wen;
	grp_16_NormalQueueCtrlRTL__num_entries_2 ctrl(
		.clk(ctrl__clk),
		.count(ctrl__count),
		.raddr(ctrl__raddr),
		.recv_rdy(ctrl__recv_rdy),
		.recv_val(ctrl__recv_val),
		.reset(ctrl__reset),
		.send_rdy(ctrl__send_rdy),
		.send_val(ctrl__send_val),
		.waddr(ctrl__waddr),
		.wen(ctrl__wen)
	);
	wire [0:0] dpath__clk;
	wire [0:0] dpath__raddr;
	wire [77:0] dpath__recv_msg;
	wire [0:0] dpath__reset;
	wire [77:0] dpath__send_msg;
	wire [0:0] dpath__waddr;
	wire [0:0] dpath__wen;
	grp_16_NormalQueueDpathRTL__b8bb4da201e26f4e dpath(
		.clk(dpath__clk),
		.raddr(dpath__raddr),
		.recv_msg(dpath__recv_msg),
		.reset(dpath__reset),
		.send_msg(dpath__send_msg),
		.waddr(dpath__waddr),
		.wen(dpath__wen)
	);
	assign ctrl__clk = clk;
	assign ctrl__reset = reset;
	assign dpath__clk = clk;
	assign dpath__reset = reset;
	assign dpath__wen = ctrl__wen;
	assign dpath__waddr = ctrl__waddr;
	assign dpath__raddr = ctrl__raddr;
	assign ctrl__recv_val = recv__val;
	assign recv__rdy = ctrl__recv_rdy;
	assign dpath__recv_msg = recv__msg;
	assign send__val = ctrl__send_val;
	assign ctrl__send_rdy = send__rdy;
	assign send__msg = dpath__send_msg;
	assign count = ctrl__count;
endmodule
module grp_16_RegisterFile__8c50dafb5bf22f7b (
	clk,
	raddr,
	rdata,
	reset,
	waddr,
	wdata,
	wen
);
	input wire [0:0] clk;
	input wire [4:0] raddr;
	output reg [31:0] rdata;
	input wire [0:0] reset;
	input wire [4:0] waddr;
	input wire [31:0] wdata;
	input wire [0:0] wen;
	localparam [0:0] __const__rd_ports_at_up_rf_read = 1'd1;
	localparam [0:0] __const__wr_ports_at_up_rf_write = 1'd1;
	reg [31:0] regs [0:31];
	function automatic [0:0] sv2v_cast_1;
		input reg [0:0] inp;
		sv2v_cast_1 = inp;
	endfunction
	always @(*) begin : up_rf_read
		begin : sv2v_autoblock_1
			reg [31:0] i;
			for (i = 1'd0; i < __const__rd_ports_at_up_rf_read; i = i + 1'd1)
				rdata[sv2v_cast_1(i) * 32+:32] = regs[raddr[sv2v_cast_1(i) * 5+:5]];
		end
	end
	always @(posedge clk) begin : up_rf_write
		begin : sv2v_autoblock_2
			reg [31:0] i;
			for (i = 1'd0; i < __const__wr_ports_at_up_rf_write; i = i + 1'd1)
				if (wen[sv2v_cast_1(i)+:1])
					regs[waddr[sv2v_cast_1(i) * 5+:5]] <= wdata[sv2v_cast_1(i) * 32+:32];
		end
	end
endmodule
module grp_16_SynthMemSimple (
	clk,
	reset,
	minion__req__msg,
	minion__req__rdy,
	minion__req__val,
	minion__resp__msg,
	minion__resp__rdy,
	minion__resp__val
);
	input wire [0:0] clk;
	input wire [0:0] reset;
	input wire [77:0] minion__req__msg;
	output wire [0:0] minion__req__rdy;
	input wire [0:0] minion__req__val;
	output reg [47:0] minion__resp__msg;
	input wire [0:0] minion__resp__rdy;
	output reg [0:0] minion__resp__val;
	localparam [1:0] __const__addr_start_at_comb_M0 = 2'd2;
	localparam [2:0] __const__addr_end_at_comb_M0 = 3'd7;
	localparam [3:0] __const__MEM_MSG_TYPE_WRITE_at_comb_M0 = 4'd1;
	localparam [3:0] __const__MEM_MSG_TYPE_READ_at_comb_M0 = 4'd0;
	reg [47:0] minion_resp_msg_raw;
	reg [4:0] reg_addr_M0;
	reg [0:0] reg_en_M0;
	reg [7:0] reg_opaque;
	reg [31:0] reg_wdata_M0;
	reg [0:0] reg_wen_M0;
	reg [3:0] req_type;
	wire [0:0] memreq_q__clk;
	wire [1:0] memreq_q__count;
	wire [0:0] memreq_q__reset;
	wire [77:0] memreq_q__recv__msg;
	wire [0:0] memreq_q__recv__rdy;
	wire [0:0] memreq_q__recv__val;
	wire [77:0] memreq_q__send__msg;
	reg [0:0] memreq_q__send__rdy;
	wire [0:0] memreq_q__send__val;
	grp_16_NormalQueueRTL__b8bb4da201e26f4e memreq_q(
		.clk(memreq_q__clk),
		.count(memreq_q__count),
		.reset(memreq_q__reset),
		.recv__msg(memreq_q__recv__msg),
		.recv__rdy(memreq_q__recv__rdy),
		.recv__val(memreq_q__recv__val),
		.send__msg(memreq_q__send__msg),
		.send__rdy(memreq_q__send__rdy),
		.send__val(memreq_q__send__val)
	);
	wire [0:0] reg_file__clk;
	wire [4:0] reg_file__raddr;
	wire [31:0] reg_file__rdata;
	wire [0:0] reg_file__reset;
	wire [4:0] reg_file__waddr;
	wire [31:0] reg_file__wdata;
	wire [0:0] reg_file__wen;
	grp_16_RegisterFile__8c50dafb5bf22f7b reg_file(
		.clk(reg_file__clk),
		.raddr(reg_file__raddr),
		.rdata(reg_file__rdata),
		.reset(reg_file__reset),
		.waddr(reg_file__waddr),
		.wdata(reg_file__wdata),
		.wen(reg_file__wen)
	);
	always @(*) begin : _lambda__s_synthmem_minion_resp_msg_data
		minion__resp__msg[31-:32] = minion_resp_msg_raw[31-:32] & {{31 {minion__resp__val[0]}}, minion__resp__val};
	end
	always @(*) begin : _lambda__s_synthmem_minion_resp_msg_len
		minion__resp__msg[33-:2] = minion_resp_msg_raw[33-:2] & {{minion__resp__val[0]}, minion__resp__val};
	end
	always @(*) begin : _lambda__s_synthmem_minion_resp_msg_opaque
		minion__resp__msg[43-:8] = minion_resp_msg_raw[43-:8] & {{7 {minion__resp__val[0]}}, minion__resp__val};
	end
	always @(*) begin : _lambda__s_synthmem_minion_resp_msg_test
		minion__resp__msg[35-:2] = minion_resp_msg_raw[35-:2] & {{minion__resp__val[0]}, minion__resp__val};
	end
	always @(*) begin : _lambda__s_synthmem_minion_resp_msg_type_
		minion__resp__msg[47-:4] = minion_resp_msg_raw[47-:4] & {{3 {minion__resp__val[0]}}, minion__resp__val};
	end
	function automatic [4:0] sv2v_cast_5;
		input reg [4:0] inp;
		sv2v_cast_5 = inp;
	endfunction
	always @(*) begin : comb_M0
		minion__resp__val = memreq_q__send__val;
		memreq_q__send__rdy = minion__resp__rdy;
		req_type = memreq_q__send__msg[77-:4];
		reg_addr_M0 = memreq_q__send__msg[34 + 5'd6:34 + sv2v_cast_5(__const__addr_start_at_comb_M0)];
		reg_wen_M0 = memreq_q__send__val & (req_type == __const__MEM_MSG_TYPE_WRITE_at_comb_M0);
		reg_en_M0 = memreq_q__send__val & memreq_q__send__rdy;
		reg_wdata_M0 = memreq_q__send__msg[31-:32];
		reg_opaque = memreq_q__send__msg[73-:8];
		if (memreq_q__send__msg[77-:4] == 4'd0)
			minion_resp_msg_raw = {__const__MEM_MSG_TYPE_READ_at_comb_M0, memreq_q__send__msg[73-:8], 2'd0, 2'd0, reg_file__rdata[1'd0 * 32+:32]};
		else if (memreq_q__send__msg[77-:4] == 4'd1)
			minion_resp_msg_raw = {__const__MEM_MSG_TYPE_WRITE_at_comb_M0, memreq_q__send__msg[73-:8], 2'd0, 2'd0, 32'd0};
	end
	assign memreq_q__clk = clk;
	assign memreq_q__reset = reset;
	assign memreq_q__recv__msg = minion__req__msg;
	assign minion__req__rdy = memreq_q__recv__rdy;
	assign memreq_q__recv__val = minion__req__val;
	assign reg_file__clk = clk;
	assign reg_file__reset = reset;
	assign reg_file__waddr[0+:5] = reg_addr_M0;
	assign reg_file__raddr[0+:5] = reg_addr_M0;
	assign reg_file__wen[0+:1] = reg_wen_M0;
	assign reg_file__wdata[0+:32] = reg_wdata_M0;
endmodule
module grp_16_PacketAssemblerPRTL__nbits_in_32__nbits_out_78 (
	clk,
	reset,
	assem_ifc__req__msg,
	assem_ifc__req__rdy,
	assem_ifc__req__val,
	assem_ifc__resp__msg,
	assem_ifc__resp__rdy,
	assem_ifc__resp__val
);
	input wire [0:0] clk;
	input wire [0:0] reset;
	input wire [31:0] assem_ifc__req__msg;
	output reg [0:0] assem_ifc__req__rdy;
	input wire [0:0] assem_ifc__req__val;
	output reg [77:0] assem_ifc__resp__msg;
	input wire [0:0] assem_ifc__resp__rdy;
	output reg [0:0] assem_ifc__resp__val;
	reg [2:0] counter;
	reg [31:0] regs [0:2];
	reg [95:0] temp_out;
	always @(*) begin : _lambda__s_synthmem_assem_assem_ifc_req_rdy
		assem_ifc__req__rdy = counter != 3'd3;
	end
	always @(*) begin : _lambda__s_synthmem_assem_assem_ifc_resp_msg
		assem_ifc__resp__msg = temp_out[7'd77:7'd0];
	end
	always @(*) begin : _lambda__s_synthmem_assem_assem_ifc_resp_val
		assem_ifc__resp__val = counter == 3'd3;
	end
	function automatic [6:0] sv2v_cast_7;
		input reg [6:0] inp;
		sv2v_cast_7 = inp;
	endfunction
	function automatic [1:0] sv2v_cast_2;
		input reg [1:0] inp;
		sv2v_cast_2 = inp;
	endfunction
	always @(*) begin : up_resp_msg
		begin : sv2v_autoblock_1
			reg [31:0] i;
			for (i = 1'd0; i < 2'd3; i = i + 1'd1)
				temp_out[7'd32 * ((7'd3 - 7'd1) - sv2v_cast_7(i))+:32] = regs[sv2v_cast_2(i)];
		end
	end
	always @(posedge clk) begin : up_counter
		if (reset)
			counter <= 3'd0;
		else if (assem_ifc__resp__val & assem_ifc__resp__rdy)
			counter <= 3'd0;
		else if (assem_ifc__resp__val & ~assem_ifc__resp__rdy)
			counter <= counter;
		else if (assem_ifc__req__val & assem_ifc__req__rdy)
			counter <= counter + 3'd1;
		else
			counter <= counter;
	end
	function automatic [2:0] sv2v_cast_3;
		input reg [2:0] inp;
		sv2v_cast_3 = inp;
	endfunction
	always @(posedge clk) begin : up_regs
		begin : sv2v_autoblock_2
			reg [31:0] i;
			for (i = 1'd0; i < 2'd3; i = i + 1'd1)
				if (reset)
					regs[sv2v_cast_2(i)] <= 32'd0;
				else if (counter == sv2v_cast_3(i))
					regs[sv2v_cast_2(i)] <= assem_ifc__req__msg;
				else
					regs[sv2v_cast_2(i)] <= regs[sv2v_cast_2(i)];
		end
	end
endmodule
module grp_16_Mux__Type_32__ninputs_2 (
	clk,
	in_,
	out,
	reset,
	sel
);
	input wire [0:0] clk;
	input wire [63:0] in_;
	output reg [31:0] out;
	input wire [0:0] reset;
	input wire [0:0] sel;
	always @(*) begin : up_mux
		out = in_[(1 - sel) * 32+:32];
	end
endmodule
module grp_16_PacketDisassemblerPRTL__nbits_in_48__nbits_out_32 (
	clk,
	reset,
	disassem_ifc__req__msg,
	disassem_ifc__req__rdy,
	disassem_ifc__req__val,
	disassem_ifc__resp__msg,
	disassem_ifc__resp__rdy,
	disassem_ifc__resp__val
);
	input wire [0:0] clk;
	input wire [0:0] reset;
	input wire [47:0] disassem_ifc__req__msg;
	output reg [0:0] disassem_ifc__req__rdy;
	input wire [0:0] disassem_ifc__req__val;
	output reg [31:0] disassem_ifc__resp__msg;
	input wire [0:0] disassem_ifc__resp__rdy;
	output reg [0:0] disassem_ifc__resp__val;
	reg [1:0] counter;
	reg [31:0] regs [0:1];
	reg [0:0] transaction_val;
	wire [0:0] reg_mux__clk;
	reg [63:0] reg_mux__in_;
	wire [31:0] reg_mux__out;
	wire [0:0] reg_mux__reset;
	reg [0:0] reg_mux__sel;
	grp_16_Mux__Type_32__ninputs_2 reg_mux(
		.clk(reg_mux__clk),
		.in_(reg_mux__in_),
		.out(reg_mux__out),
		.reset(reg_mux__reset),
		.sel(reg_mux__sel)
	);
	always @(*) begin : _lambda__s_synthmem_disassem_disassem_ifc_req_rdy
		disassem_ifc__req__rdy = transaction_val == 1'd0;
	end
	always @(*) begin : _lambda__s_synthmem_disassem_disassem_ifc_resp_val
		disassem_ifc__resp__val = transaction_val == 1'd1;
	end
	function automatic [0:0] sv2v_cast_1;
		input reg [0:0] inp;
		sv2v_cast_1 = inp;
	endfunction
	always @(*) begin : up_comb
		begin : sv2v_autoblock_1
			reg [31:0] i;
			for (i = 1'd0; i < 2'd2; i = i + 1'd1)
				reg_mux__in_[(1 - sv2v_cast_1(i)) * 32+:32] = regs[sv2v_cast_1(i)];
		end
		reg_mux__sel = sv2v_cast_1((2'd2 - counter) - 2'd1);
		disassem_ifc__resp__msg = reg_mux__out;
	end
	always @(posedge clk) begin : up_counter
		if (reset)
			counter <= 2'd0;
		else if ((counter == (2'd2 - 2'd1)) & disassem_ifc__resp__rdy)
			counter <= 2'd0;
		else if (disassem_ifc__resp__val & disassem_ifc__resp__rdy)
			counter <= counter + 2'd1;
		else
			counter <= counter;
	end
	function automatic [5:0] sv2v_cast_6;
		input reg [5:0] inp;
		sv2v_cast_6 = inp;
	endfunction
	always @(posedge clk) begin : up_regs
		begin : sv2v_autoblock_2
			reg [31:0] i;
			for (i = 1'd0; i < 2'd2; i = i + 1'd1)
				if (disassem_ifc__req__val & disassem_ifc__req__rdy)
					if (sv2v_cast_1(i) == (1'd0 - 1'd1))
						regs[sv2v_cast_1(i)] <= {{16 {1'b0}}, disassem_ifc__req__msg[6'd47:(6'd32 * 6'd2) - 7'd32]};
					else
						regs[sv2v_cast_1(i)] <= disassem_ifc__req__msg[6'd32 * sv2v_cast_6(i)+:32];
		end
	end
	always @(posedge clk) begin : up_transaction_val
		if (reset)
			transaction_val <= 1'd0;
		else if ((disassem_ifc__req__val & disassem_ifc__req__rdy) | ((counter == (2'd2 - 2'd1)) & disassem_ifc__resp__rdy))
			transaction_val <= disassem_ifc__req__val & disassem_ifc__req__rdy;
		else
			transaction_val <= transaction_val;
	end
	assign reg_mux__clk = clk;
	assign reg_mux__reset = reset;
endmodule

module grp_16_tapeout_SPI_TapeOutBlockVRTL_sv2v (
  output adapter_parity,
  input  clk,
  input  loopthrough_sel,
  output minion_parity,
  input  reset,
  input  spi_min__cs,
  output spi_min__miso,
  input  spi_min__mosi,
  input  spi_min__sclk
);
  reg reset_presync;
  reg reset_sync;

  always @(posedge clk) begin
    reset_presync <= reset;
    reset_sync    <= reset_presync;
  end

	wire [0:0] spi_min_stack__adapter_parity;
	wire [0:0] spi_min_stack__clk;
	wire [0:0] spi_min_stack__loopthrough_sel;
	wire [0:0] spi_min_stack__minion_parity;
	wire [0:0] spi_min_stack__reset;
	wire [31:0] spi_min_stack__recv__msg;
	wire [0:0] spi_min_stack__recv__rdy;
	wire [0:0] spi_min_stack__recv__val;
	wire [31:0] spi_min_stack__send__msg;
	wire [0:0] spi_min_stack__send__rdy;
	wire [0:0] spi_min_stack__send__val;
	wire [0:0] spi_min_stack__spi_min__cs;
	wire [0:0] spi_min_stack__spi_min__miso;
	wire [0:0] spi_min_stack__spi_min__mosi;
	wire [0:0] spi_min_stack__spi_min__sclk;
	grp_16_SPIstackPRTL__nbits_34__num_entries_5 spi_min_stack(
		.adapter_parity(spi_min_stack__adapter_parity),
		.clk(spi_min_stack__clk),
		.loopthrough_sel(spi_min_stack__loopthrough_sel),
		.minion_parity(spi_min_stack__minion_parity),
		.reset(spi_min_stack__reset),
		.recv__msg(spi_min_stack__recv__msg),
		.recv__rdy(spi_min_stack__recv__rdy),
		.recv__val(spi_min_stack__recv__val),
		.send__msg(spi_min_stack__send__msg),
		.send__rdy(spi_min_stack__send__rdy),
		.send__val(spi_min_stack__send__val),
		.spi_min__cs(spi_min_stack__spi_min__cs),
		.spi_min__miso(spi_min_stack__spi_min__miso),
		.spi_min__mosi(spi_min_stack__spi_min__mosi),
		.spi_min__sclk(spi_min_stack__spi_min__sclk)
	);
	wire [0:0] synthmem__clk;
	wire [0:0] synthmem__reset;
	reg [77:0] synthmem__minion__req__msg;
	wire [0:0] synthmem__minion__req__rdy;
	reg [0:0] synthmem__minion__req__val;
	wire [47:0] synthmem__minion__resp__msg;
	reg [0:0] synthmem__minion__resp__rdy;
	wire [0:0] synthmem__minion__resp__val;
	grp_16_SynthMemSimple synthmem(
		.clk(synthmem__clk),
		.reset(synthmem__reset),
		.minion__req__msg(synthmem__minion__req__msg),
		.minion__req__rdy(synthmem__minion__req__rdy),
		.minion__req__val(synthmem__minion__req__val),
		.minion__resp__msg(synthmem__minion__resp__msg),
		.minion__resp__rdy(synthmem__minion__resp__rdy),
		.minion__resp__val(synthmem__minion__resp__val)
	);
	wire [0:0] synthmem_assem__clk;
	wire [0:0] synthmem_assem__reset;
	wire [31:0] synthmem_assem__assem_ifc__req__msg;
	wire [0:0] synthmem_assem__assem_ifc__req__rdy;
	wire [0:0] synthmem_assem__assem_ifc__req__val;
	wire [77:0] synthmem_assem__assem_ifc__resp__msg;
	reg [0:0] synthmem_assem__assem_ifc__resp__rdy;
	wire [0:0] synthmem_assem__assem_ifc__resp__val;
	grp_16_PacketAssemblerPRTL__nbits_in_32__nbits_out_78 synthmem_assem(
		.clk(synthmem_assem__clk),
		.reset(synthmem_assem__reset),
		.assem_ifc__req__msg(synthmem_assem__assem_ifc__req__msg),
		.assem_ifc__req__rdy(synthmem_assem__assem_ifc__req__rdy),
		.assem_ifc__req__val(synthmem_assem__assem_ifc__req__val),
		.assem_ifc__resp__msg(synthmem_assem__assem_ifc__resp__msg),
		.assem_ifc__resp__rdy(synthmem_assem__assem_ifc__resp__rdy),
		.assem_ifc__resp__val(synthmem_assem__assem_ifc__resp__val)
	);
	wire [0:0] synthmem_disassem__clk;
	wire [0:0] synthmem_disassem__reset;
	reg [47:0] synthmem_disassem__disassem_ifc__req__msg;
	wire [0:0] synthmem_disassem__disassem_ifc__req__rdy;
	reg [0:0] synthmem_disassem__disassem_ifc__req__val;
	wire [31:0] synthmem_disassem__disassem_ifc__resp__msg;
	wire [0:0] synthmem_disassem__disassem_ifc__resp__rdy;
	wire [0:0] synthmem_disassem__disassem_ifc__resp__val;
	grp_16_PacketDisassemblerPRTL__nbits_in_48__nbits_out_32 synthmem_disassem(
		.clk(synthmem_disassem__clk),
		.reset(synthmem_disassem__reset),
		.disassem_ifc__req__msg(synthmem_disassem__disassem_ifc__req__msg),
		.disassem_ifc__req__rdy(synthmem_disassem__disassem_ifc__req__rdy),
		.disassem_ifc__req__val(synthmem_disassem__disassem_ifc__req__val),
		.disassem_ifc__resp__msg(synthmem_disassem__disassem_ifc__resp__msg),
		.disassem_ifc__resp__rdy(synthmem_disassem__disassem_ifc__resp__rdy),
		.disassem_ifc__resp__val(synthmem_disassem__disassem_ifc__resp__val)
	);
	always @(*) begin : up_assembler
		synthmem__minion__req__msg = synthmem_assem__assem_ifc__resp__msg;
		synthmem__minion__req__val = synthmem_assem__assem_ifc__resp__val;
		synthmem_assem__assem_ifc__resp__rdy = synthmem__minion__req__rdy;
	end
	always @(*) begin : up_dissassembler
		synthmem_disassem__disassem_ifc__req__msg = synthmem__minion__resp__msg;
		synthmem_disassem__disassem_ifc__req__val = synthmem__minion__resp__val;
		synthmem__minion__resp__rdy = synthmem_disassem__disassem_ifc__req__rdy;
	end
	assign spi_min_stack__clk = clk;
	assign spi_min_stack__reset = reset_sync;
	assign spi_min_stack__spi_min__cs = spi_min__cs;
	assign spi_min_stack__spi_min__sclk = spi_min__sclk;
	assign spi_min_stack__spi_min__mosi = spi_min__mosi;
	assign spi_min__miso = spi_min_stack__spi_min__miso;
	assign spi_min_stack__loopthrough_sel = loopthrough_sel;
	assign minion_parity = spi_min_stack__minion_parity;
	assign adapter_parity = spi_min_stack__adapter_parity;
	assign synthmem_assem__clk = clk;
	assign synthmem_assem__reset = reset_sync;
	assign synthmem_disassem__clk = clk;
	assign synthmem_disassem__reset = reset_sync;
	assign synthmem__clk = clk;
	assign synthmem__reset = reset_sync;
	assign synthmem_assem__assem_ifc__req__msg = spi_min_stack__send__msg;
	assign spi_min_stack__send__rdy = synthmem_assem__assem_ifc__req__rdy;
	assign synthmem_assem__assem_ifc__req__val = spi_min_stack__send__val;
	assign spi_min_stack__recv__msg = synthmem_disassem__disassem_ifc__resp__msg;
	assign synthmem_disassem__disassem_ifc__resp__rdy = spi_min_stack__recv__rdy;
	assign spi_min_stack__recv__val = synthmem_disassem__disassem_ifc__resp__val;
endmodule

//-----------------------------------------------------------
// Wrapper of placeholder SPI_TapeOutBlockVRTL_sv2v_noparam
//-----------------------------------------------------------

module grp_16_SPI_TapeOutBlockRTL_32bits_5entries
(
`ifdef USE_POWER_PINS
  inout vccd1, // User area 1 1.8V supply
  inout vssd1, // User area 1 digital ground
`endif
  output adapter_parity ,
  input  clk ,
  input  loopthrough_sel ,
  output minion_parity ,
  input  reset ,
  input  spi_min_cs ,
  output spi_min_miso ,
  input  spi_min_mosi ,
  input  spi_min_sclk ,

  output clk_en,
  output reset_en,
  output lt_sel_en,
  output mp_en,
  output ap_en,
  output cs_en,
  output sclk_en,
  output miso_en,
  output mosi_en
);
  assign lt_sel_en = 1; // Input
  assign mp_en     = 0; // Output
  assign ap_en     = 0; // Output
  assign cs_en     = 1; // Input
  assign sclk_en   = 1; // Input
  assign miso_en   = 0; // Output
  assign mosi_en   = 1; // Input
  assign clk_en    = 1; // Input
  assign reset_en  = 1; // Input

  grp_16_tapeout_SPI_TapeOutBlockVRTL_sv2v
  #(
  ) v
  (
    .adapter_parity( adapter_parity ),
    .clk( clk ),
    .loopthrough_sel( loopthrough_sel ),
    .minion_parity( minion_parity ),
    .reset( reset ),
    .spi_min__cs( spi_min_cs ),
    .spi_min__miso( spi_min_miso ),
    .spi_min__mosi( spi_min_mosi ),
    .spi_min__sclk( spi_min_sclk )
  );
endmodule